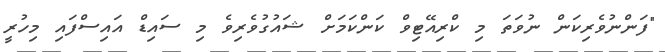
"ފަންނުވެރިކަން ނުވަތަ މި ކްރިއޭޓިވް ކަންކަމަށް ޝައުގުވެރިވެ މި ސައިޑް އައިސްފައި މިހުރީ